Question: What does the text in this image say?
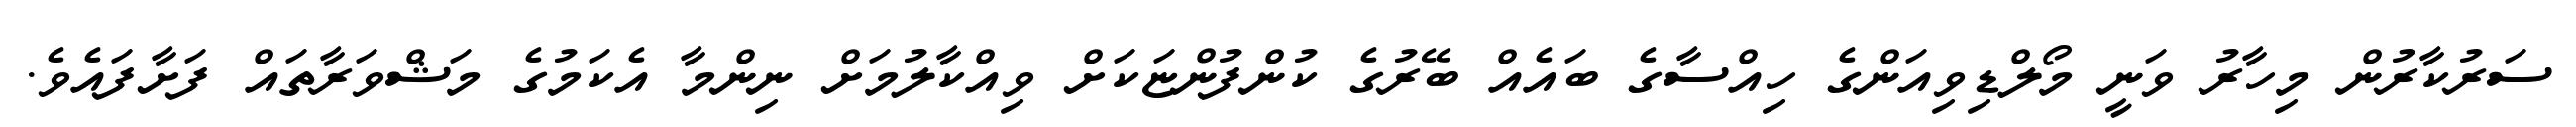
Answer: ސަރުކާރުން މިހާރު ވަނީ މޯލްޑިވިއަންގެ ހިއްސާގެ ބައެއް ބޭރުގެ ކުންފުންޏަކަށް ވިއްކާލުމަށް ނިންމާ އެކަމުގެ މަޝްވަރާތައް ފަށާފައެވެ.